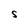
Character: S